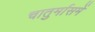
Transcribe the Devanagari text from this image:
चातुर्मासमें